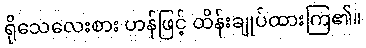
ရိုသေလေးစား ဟန်ဖြင့် ထိန်းချုပ်ထားကြ၏။